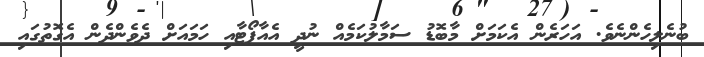
ބުނެލިހެންނެވެ. އަހަރެން އެކަމަށް މާބޮޑު ސަމާލުކަމެއް ނުދީ އެއާޕޯޓާއި ހަމައަށް ދެވެންދެން އެގޮތުގައި